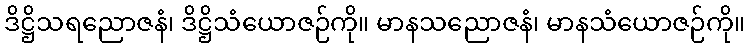
ဒိဋ္ဌိသရညောဇနံ၊ ဒိဋ္ဌိသံယောဇဉ်ကို။ မာနသညောဇနံ၊ မာနသံယောဇဉ်ကို။